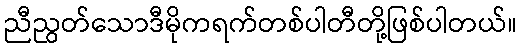
ညီညွတ်သောဒီမိုကရက်တစ်ပါတီတို့ဖြစ်ပါတယ်။